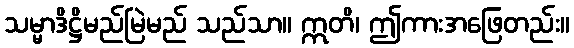
သမ္မာဒိဋ္ဌိမည်မြဲမည် သည်သာ။ ဣတိ၊ ဤကားအဖြေတည်း။